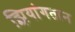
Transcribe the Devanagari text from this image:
झियांगतान